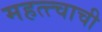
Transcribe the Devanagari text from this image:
महत्त्चाची